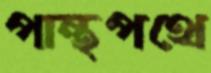
পান্থপথে